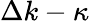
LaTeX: \Delta k-\kappa